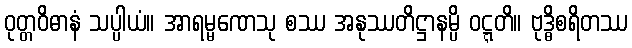
ဝုတ္တဝိဓာနံ သပ္ပါယံ။ အာရမ္မဏေသု စဿ အနုဿတိဋ္ဌာနမ္ပိ ဝဋ္ဋတိ။ ဗုဒ္ဓိစရိတဿ